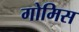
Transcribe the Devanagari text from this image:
गोमिस